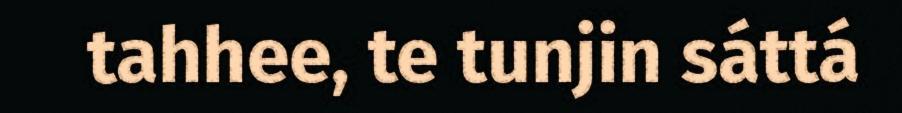
tahhee, te tunjin sáttá